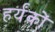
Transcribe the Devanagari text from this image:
हर्यंकों